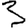
Digit: 3